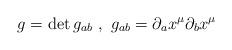
LaTeX: \begin{align*}g = \det g_{ab} \ , \ g_{ab} = \partial_{a} x^{\mu } \partial_{b} x^{\mu }\end{align*}